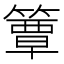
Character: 簟